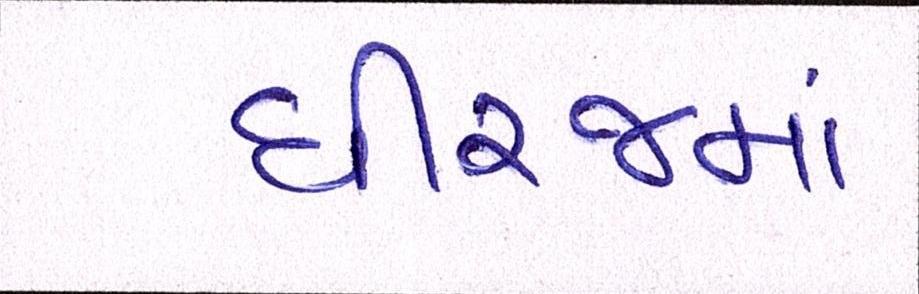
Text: ધીરજમાં